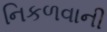
નિકળવાની